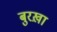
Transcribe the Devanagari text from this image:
बुरख़ा